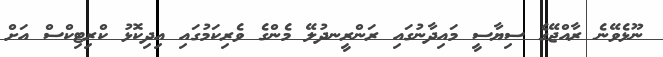
ނޫޅެވޭނެ ރާއްޖޭގެ ސިޔާސީ މައިދާނުގައި ރަންރީނދުލޭ މެންގެ ވެރިކަމުގައި އިދިކޮޅު ކްރިޓިކްސް އަށް